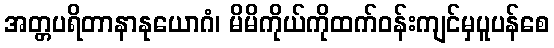
အတ္တပရိတာနာနုယောဂံ၊ မိမိကိုယ်ကိုထက်ဝန်းကျင်မှပူပန်စေ